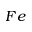
F e